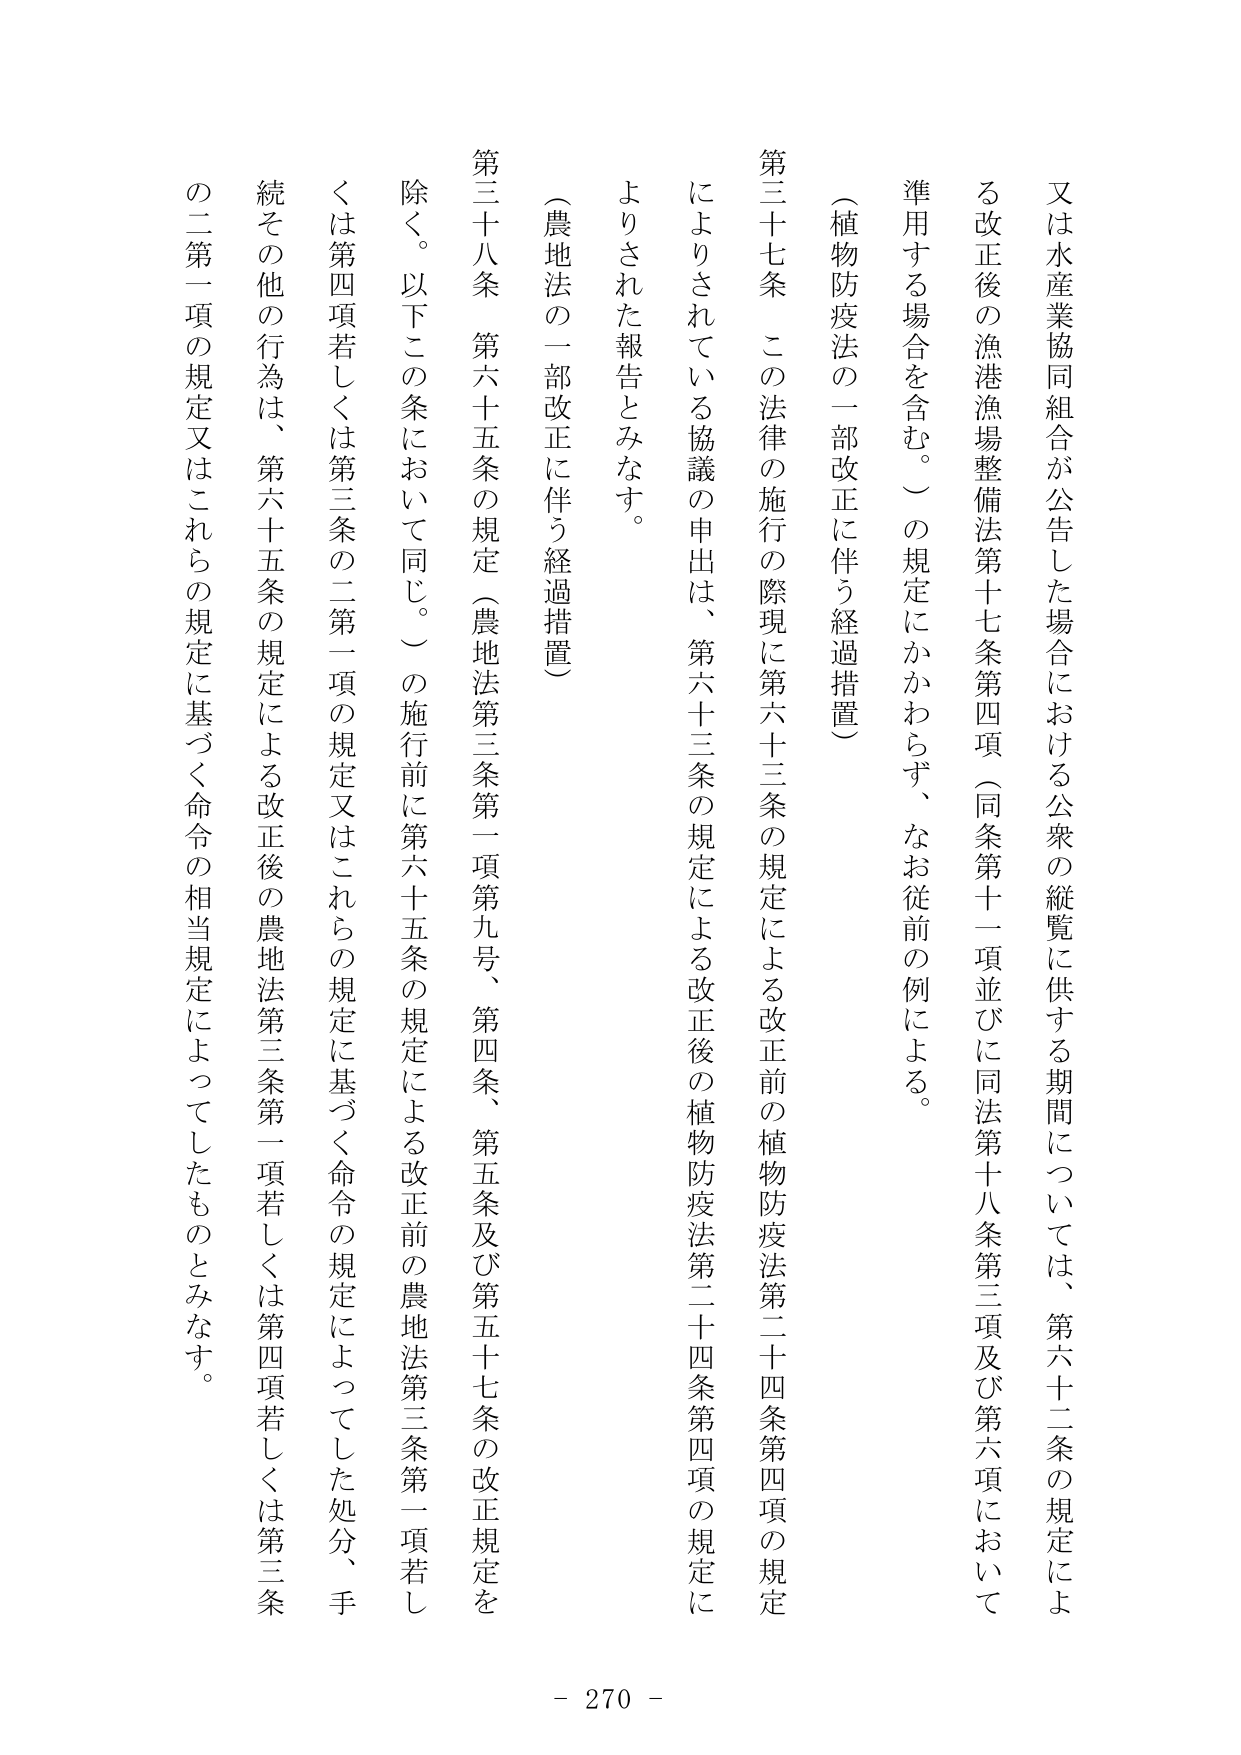
又は水産業協同組合が公告した場合における公衆の縦覧に供する期間については、第六十二条の規定による改正後の漁港漁場整備法第十七条第四項（同条第十一項並びに同法第十八条第三項及び第六項において準用する場合を含む。）の規定にかかわらず、なお従前の例による。

（植物防疫法の一部改正に伴う経過措置）

第三十七条 この法律の施行の際現に第六十三条の規定による改正前の植物防疫法第二十四条第四項の規定によりされている協議の申出は、第六十三条の規定による改正後の植物防疫法第二十四条第四項の規定によりされた報告とみなす。

（農地法の一部改正に伴う経過措置）

第三十八条 第六十五条の規定（農地法第三条第一項第九号、第四条、第五条及び第五十七条の改正規定を除く。以下この条において同じ。）の施行前に第六十五条の規定による改正前の農地法第三条第一項若しくは第四項若しくは第三条の二第一項の規定又はこれらの規定に基づく命令の規定によってした処分、手続その他の行為は、第六十五条の規定による改正後の農地法第三条第一項若しくは第四項若しくは第三条の二第一項の規定又はこれらの規定に基づく命令の相当規定によってしたものとみなす。

- 270 -